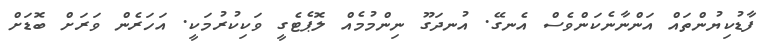
ފާޑުކިޔުންތައް އަންނާނެކަންވެސް އެނގޭ. އުނދަގޫ ނިންމުމެއް ލޮޕެޓެގީ ވަކިކުރުމަކީ. އަހަރެން ވަރަށް ބޮޑަށް